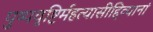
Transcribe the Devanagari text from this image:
पुष्पवृष्टिर्महत्यासीद्दिव्यानां